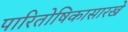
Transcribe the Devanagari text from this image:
पारितोषिकासारखे